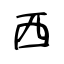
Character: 西